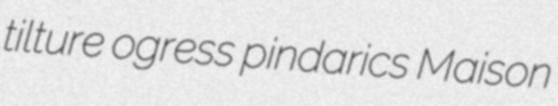
tilture ogress pindarics Maison